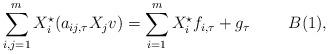
LaTeX: \begin{align*}\sum_{i,j=1}^m X_i^\star(a_{ij,\tau} X_j v) = \sum_{i=1}^m X_i^\star f_{i,\tau} + g_{\tau}~~~~~~~B(1),\end{align*}